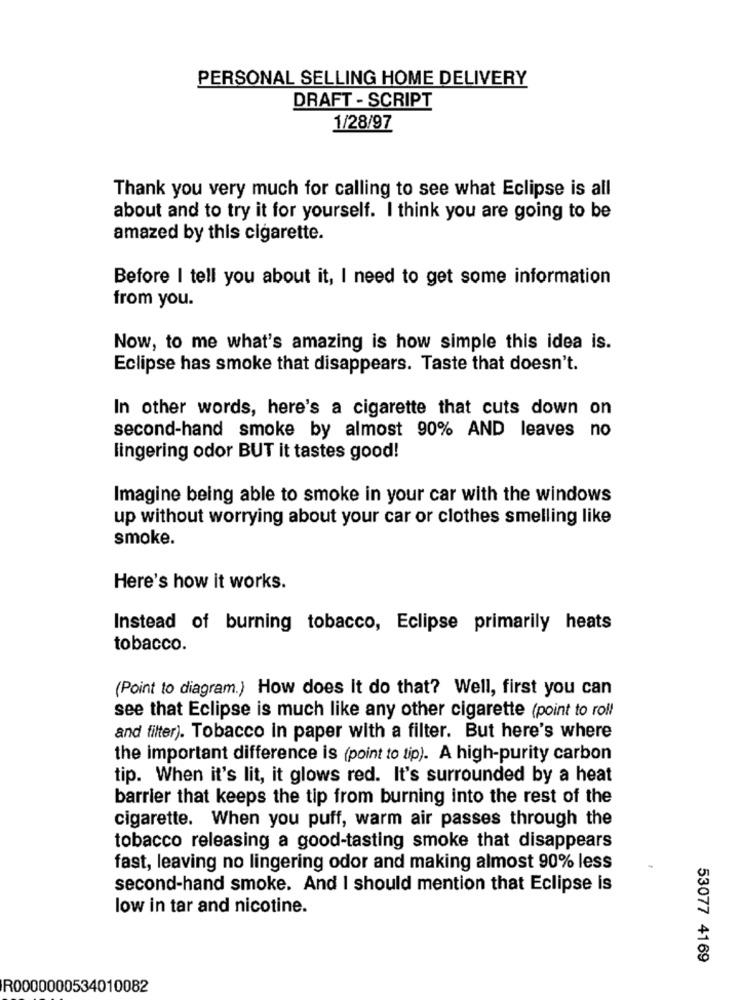
PERSONAL SELLING HOME DELIVERY
DRAFT - SCRIPT
1/28/97
Thank you very much for calling to see what Eclipse is all
about and to try it for yourself. I think you are going to be
amazed by this cigarette.
Before I tell you about it, I need to get some information
from you.
Now, to me what's amazing is how simple this idea is.
Eclipse has smoke that disappears. Taste that doesn't.
In other words, here's a cigarette that cuts down on
second-hand smoke by almost 90% AND leaves no
lingering odor BUT it tastes good!
Imagine being able to smoke in your car with the windows
up without worrying about your car or clothes smelling like
smoke.
Here's how it works.
Instead of burning tobacco, Eclipse primarily heats
tobacco.
(Point to diagram.) How does It do that? Well, first you can
see that Eclipse is much like any other cigarette (point to roll
and filter). Tobacco in paper with a filter. But here's where
the important difference is (point to tip). A high-purity carbon
tip. When it's lit, it glows red. It's surrounded by a heat
barrier that keeps the tip from burning into the rest of the
cigarette. When you puff, warm air passes through the
tobacco releasing a good-tasting smoke that disappears
fast, leaving no lingering odor and making almost 90% less
second-hand smoke. And I should mention that Eclipse is
low in tar and nicotine.
53077 4169
R0000000534010082